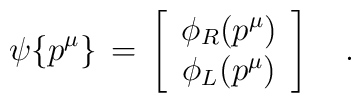
\psi\{p^\mu\}\,=\,\left[\begin{array}{c}\phi_R(p^\mu)\\\phi_L(p^\mu)\end{array}\right]\quad .